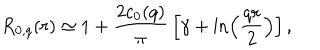
R _ { 0 , q } ( r ) \simeq 1 + { \frac { 2 c _ { 0 } ( q ) } { \pi } } \left[ \gamma + \ln \left( { \frac { q r } { 2 } } \right) \right] ,